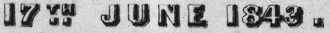
17 TH.. JUNE 1843 .